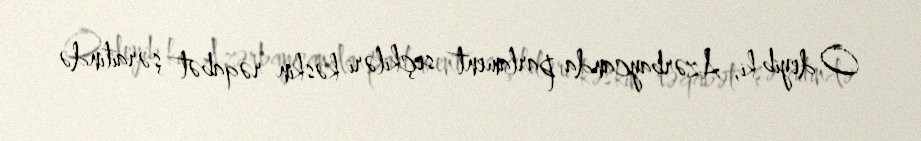
O deyib ki, Azərbaycanda parlament seçkiləri kəskin rəqabət şəraitində